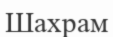
Шахрам